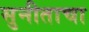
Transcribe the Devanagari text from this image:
सुनीताचा